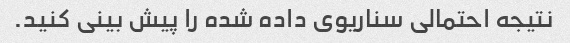
نتیجه احتمالی سناریوی داده شده را پیش بینی کنید.